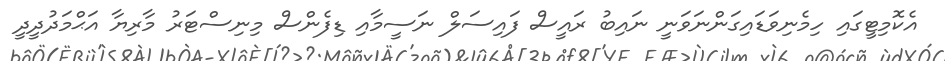
އެކޮމިޓީގައި ހިމެނިވަޑައިގަންނަވަނީ ނައިބު ރައީސް ފައިސަލް ނަސީމާއި ޑިފެންސް މިނިސްޓަރު މާރިޔާ އަޙްމަދުދީދީ